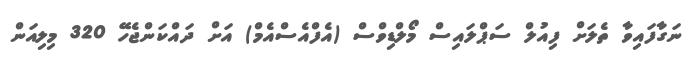
ނަގާފައިވާ ތެލަށް ފިއުލް ސަޕްލައިސް މޯލްޑިވްސް (އެފްއެސްއެމް) އަށް ދައްކަންޖެހޭ 320 މިލިއަން